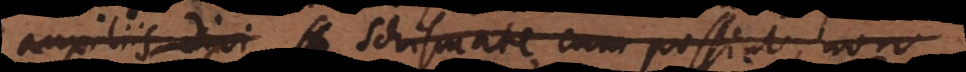
auxiliis divi ex schismate cum possint, non